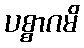
ပစ္စာဂမိ